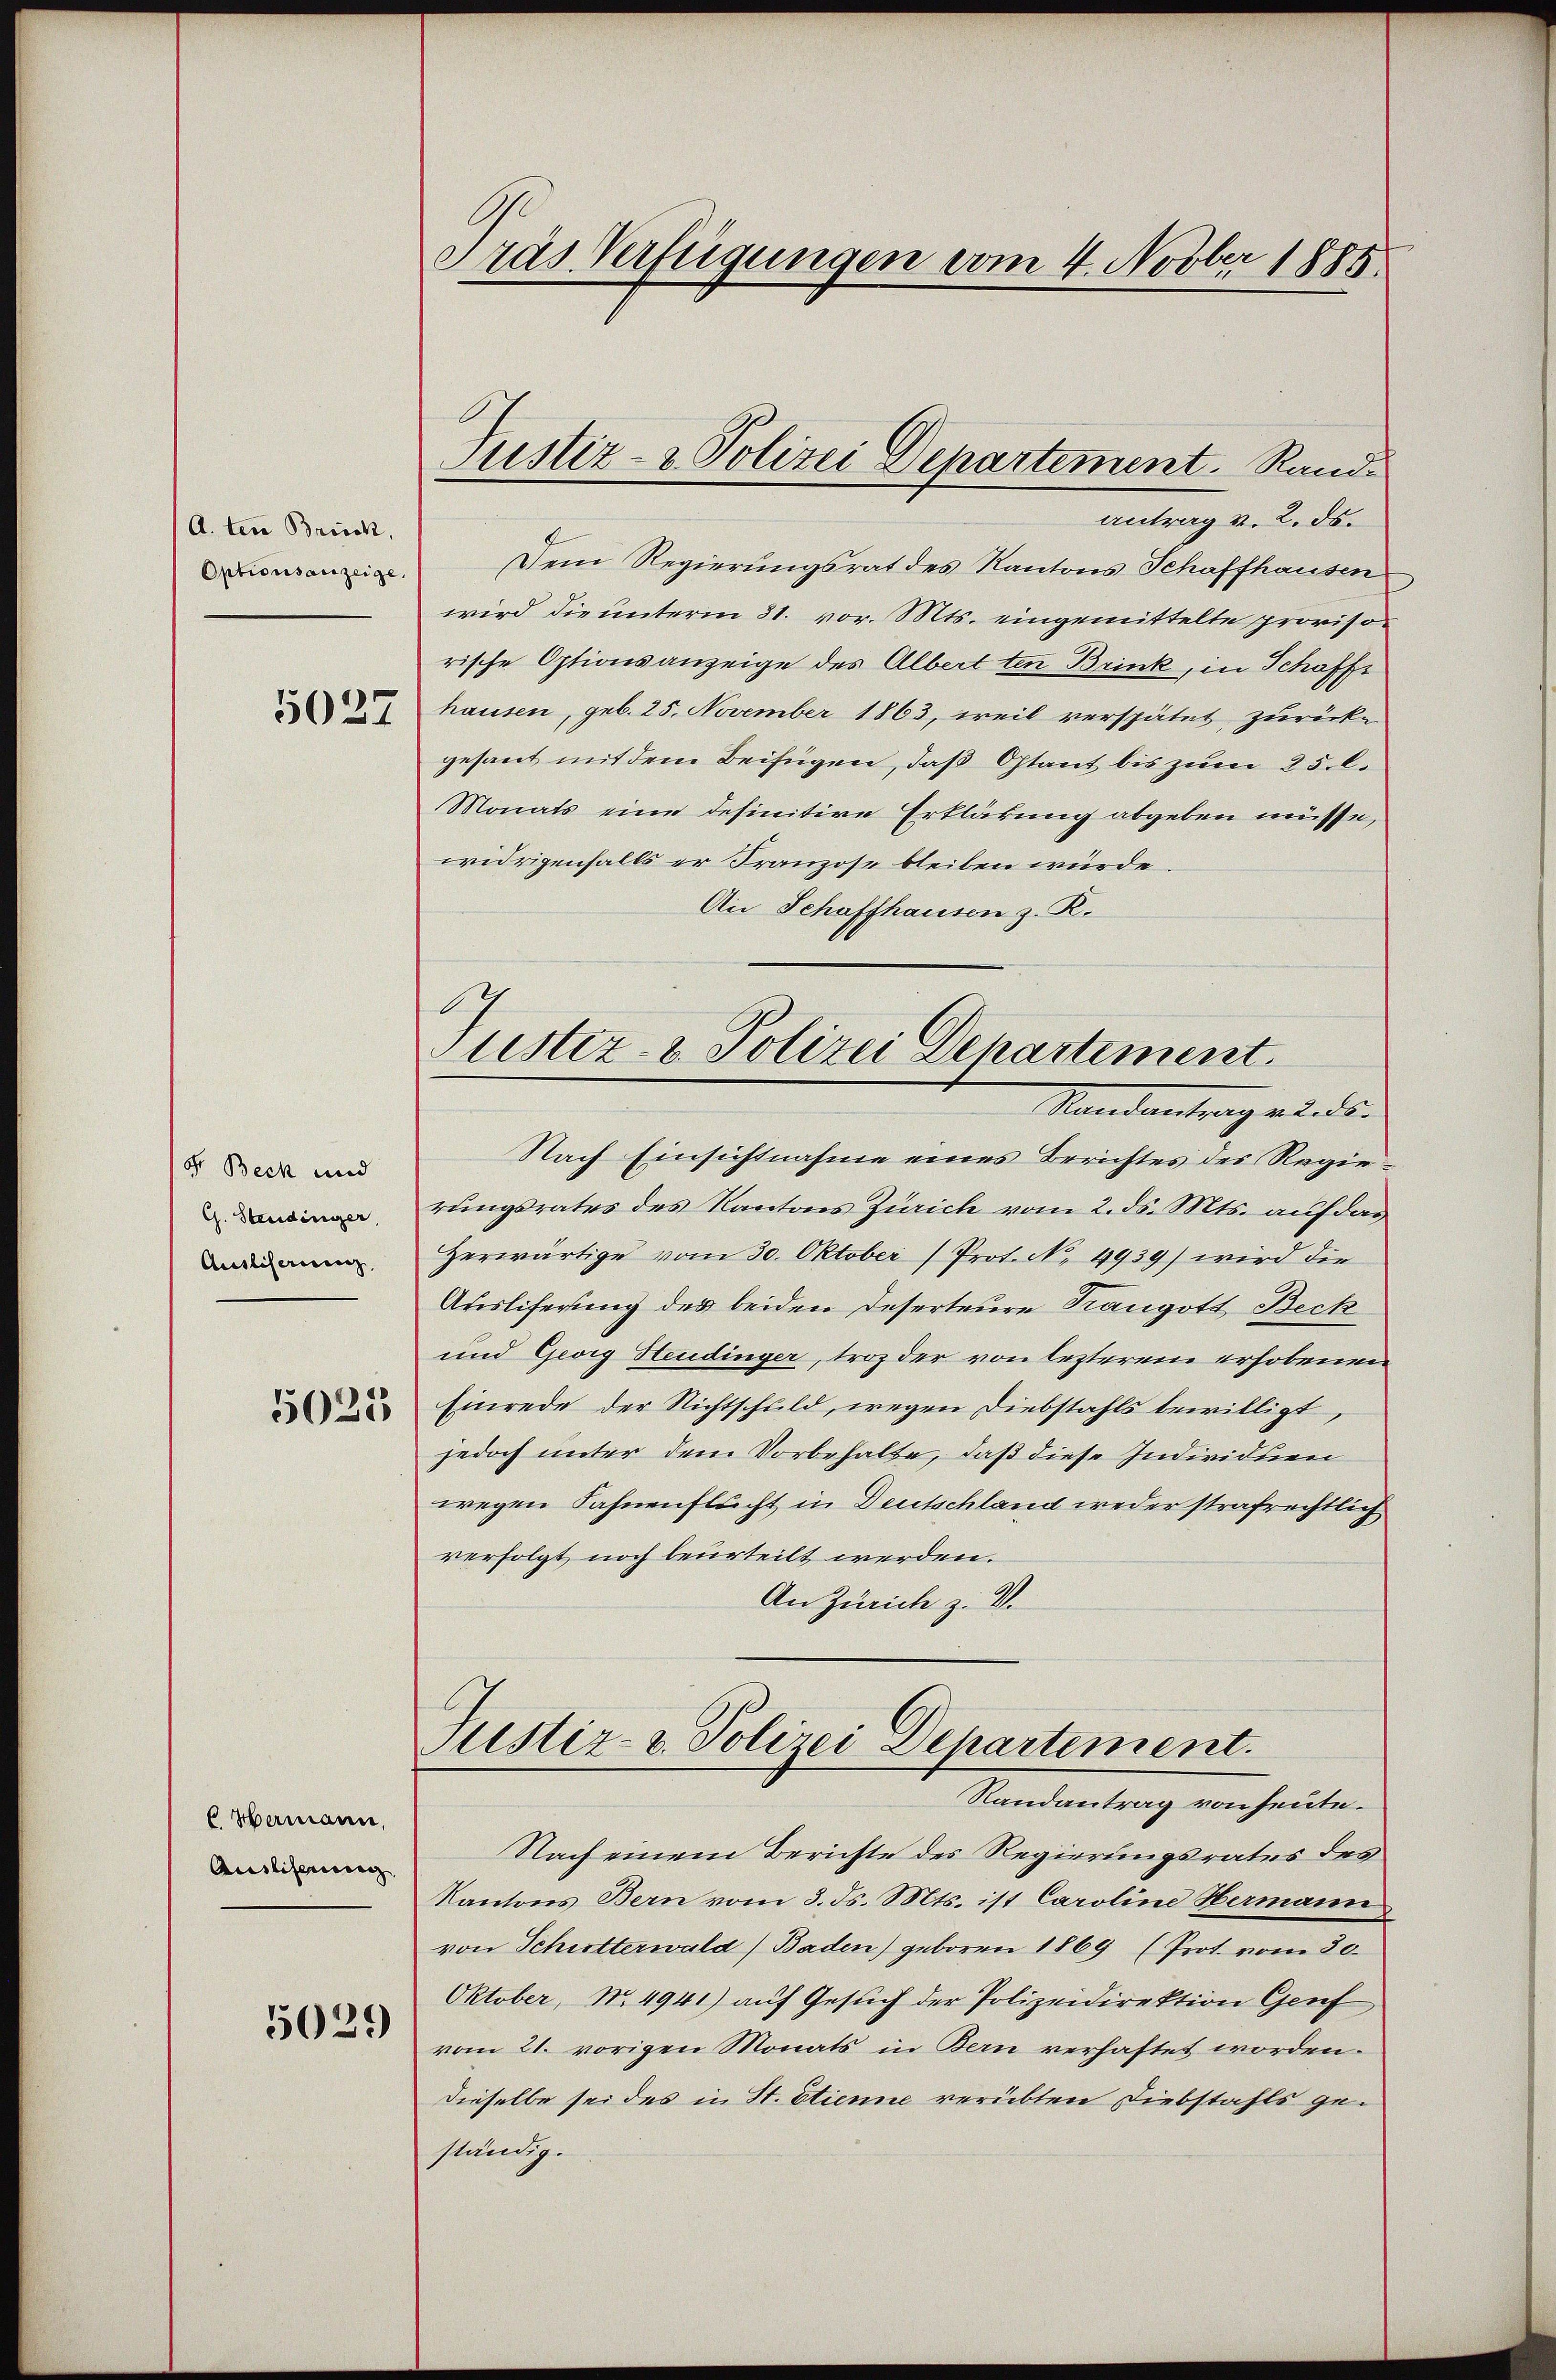
A. ten Briick,
Optionsanzeige.
5027

Dr. Beck und
G. Steidinger,
Ausliserung,
5025

CHamann,
Auslieferung

5029

Gras Verfügungen vom 4. Novber 1885.

antrag v. 2. ds.
Dem Regierungsrat des Kantons Schaffhausen
wird die unterm 31. vor. Mts. eingemittelte provisorische Optionsanzeige des Albert ten Brink, in Schaffe
hausen, geb. 25. November 1863, weil verspätet, zurück-
gesant mit dem Beifügen, daß Otant bis zum 25. l.
Monats eine definitive Erklärung abgeben müsse,
widrigenfalls er Franzose bleiben würde
Ain Schaffhausen z. R.
Nach Einsichtnahme eines Berichtes des Regierungsrates des Kantons Zürich vom 2. ds. Mts. auf das
Herwärtige vom 30. Oktober (Prot. No. 4939) wird die
Ausliferung des beiden Deserteure Trangott Beck
und Georg Hendinger, troz der von lezterem erhobenen
Einrede der Nichtschuld, wegen Diebstahls bewilligt,
jedoch unter dem Vorbehalte, daß diese Individuen
wegen Fahnenflucht in Deutschland weder strafrechtlich
verfolgt noch beurteilt werden.
An Zürich z. V.
Justiz- & Polizei Departement.
Randantrag von heute.
Nach einem Berichte des Regierungsrates des
Kantons Bern vom 3. ds. Mts. ist Caroline Hermann
von Schietterwald) Baden) geboren 1869 (Prot. vom 30.
Oktober, No. 4941) auf Gesuch der Polizeidirektion Genf
vom 21. vorigen Monats in Bern verhaftet worden.
dieselbe sei des in St. Etienne verübten Diebstahls geständig.

Justiz- & Polizei Departement. Rand-

.
Justiz- & Polizei Departement.
Standentrag einds-